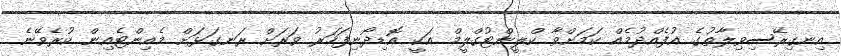
އިނގިރޭސިވިލާތުގެ އުފެއްދުމެއް ކަމަށްވާ ކްލީންޓުގްލީމް އަކީ އޮޑިދޯނިފަހަރު ވަރަށް ރަނގަޅަށް މެއިންޓެއިން ކުރެވޭނެ